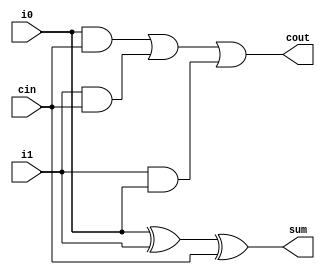
module fa (input wire i0, i1, cin, output wire sum, cout);
    wire [2:0] t;
    xor _i0 (sum,i0,i1,cin);
    and _i1 (t[0],i0,cin);
    and _i2 (t[1],i1,cin);
    and _i3 (t[2],i1,i0);
    or _i4 (cout,t[0],t[1],t[2]);
endmodule

module addsub (input wire addsub, i0, i1, cin, output wire sumdiff, cout);
    wire t;
    fa _i0 (i0,t,cin,sumdiff,cout);
    xor _i1 (t,i1,addsub);
endmodule

module alu_slice (input wire [1:0] op, input wire i0, i1, cin, output wire o, cout);
    wire t_sumdiff, t_and, t_or, t_andor;
    addsub _i0 (op[0],i0,i1,cin,t_sumdiff,cout);
    and _i1 (t_and,i0,i1);
    or _i2 (t_or,i0,i1);
    assign t_andor = op[0]?t_or:t_and;
    assign o = op[1]?t_andor:t_sumdiff;
endmodule

module alu (input wire [1:0] op, input wire [15:0] i0, i1, output wire [15:0] o, output wire cout);
    wire [14:0] c;
    alu_slice _i0 (op, i0[0], i1[0], op[0] , o[0], c[0]);
    genvar i;
    generate
        for (i = 1;i < 15; i = i+1) begin
            alu_slice alu_slice_i0(op,i0[i],i1[i],c[i-1],o[i],c[i]);
        end
    endgenerate
    alu_slice _i15 (op,i0[15],i1[15],c[14],o[15],cout);
endmodule